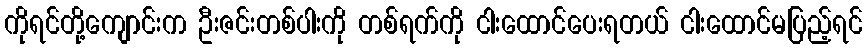
ကိုရင်တို့ကျောင်းက ဦးဇင်းတစ်ပါးကို တစ်ရက်ကို ငါးထောင်ပေးရတယ် ငါးထောင်မပြည့်ရင်